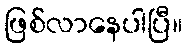
ဖြစ်လာနေပါပြီ။